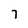
Character: 7